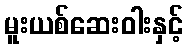
မူးယစ်ဆေးဝါးနှင့်